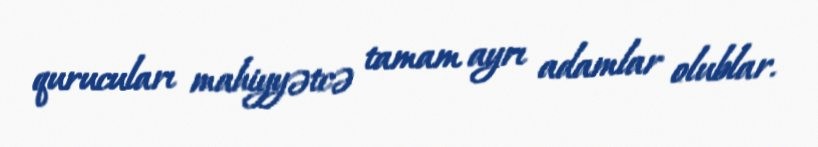
qurucuları mahiyyətcə tamam ayrı adamlar olublar.